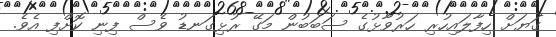
ގަޔަށް ހިފާލައިހުރި ހަރުވާޅުގެ ސަބަބުން މަގޭ ރުޅިގަނޑު ވެސް ފިނި ކޮށްފި އެވެ.